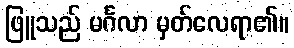
ဖြူသည် မင်္ဂလာ မှတ်လေရာ၏။